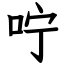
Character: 咛